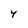
Character: 4